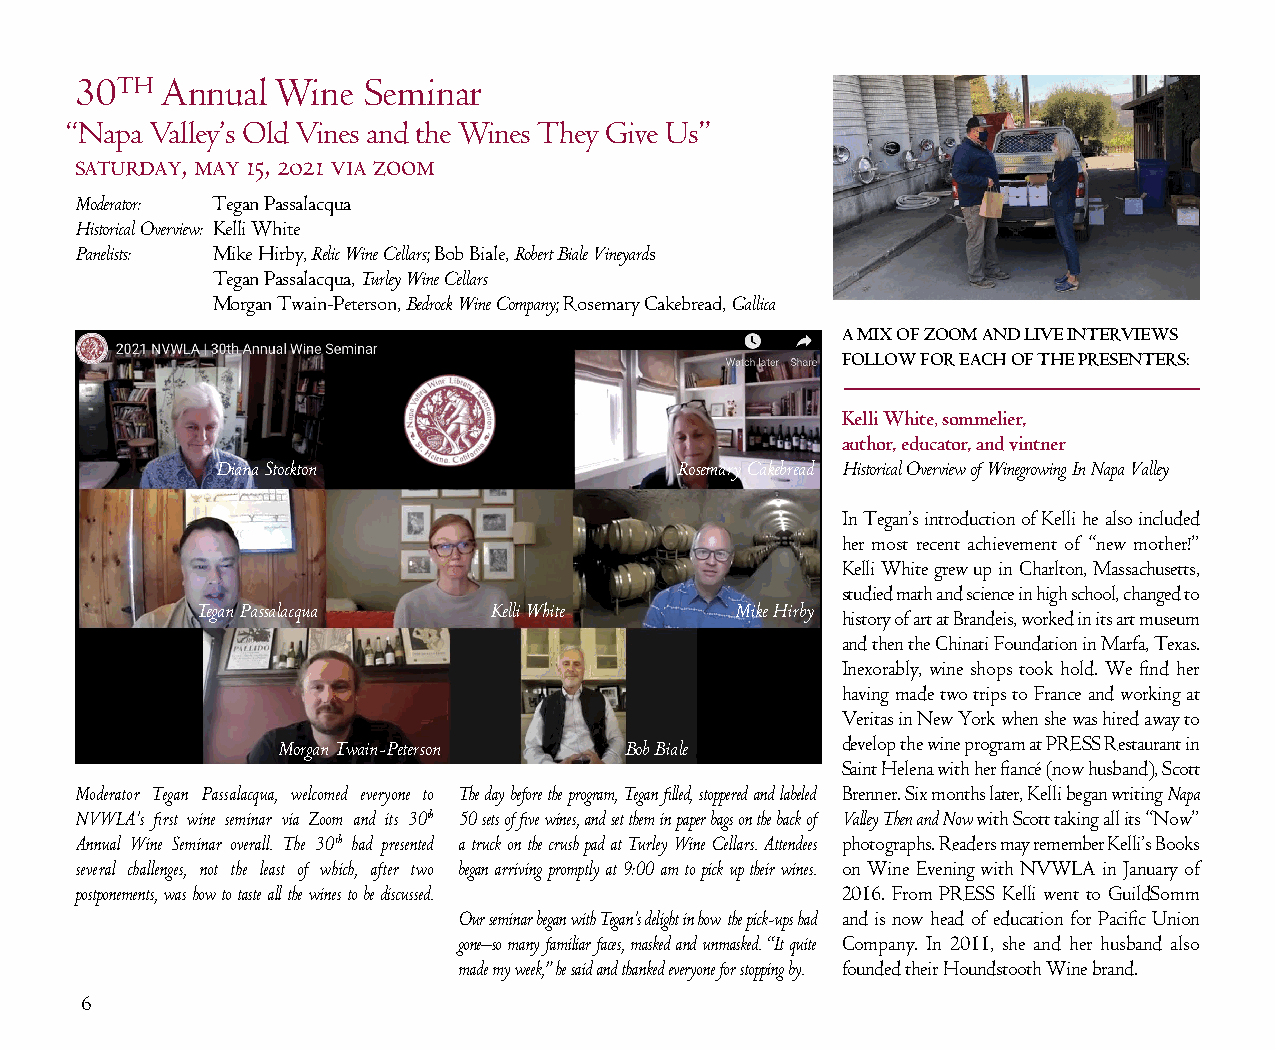
30TH  Annual Wine  Seminar
 “ Napa Valley’s Old Vines and the Wines They Give Us”
 saturday, may 15, 2021 via zoom
 Moderator: Tegan Passalacqua
 Historical Overview: Kelli White
 Panelists: Mike Hirby, Relic Wine Cellars; Bob Biale, Robert Biale Vineyards
 Tegan Passalacqua, Turley Wine Cellars
 Morgan Twain-Peterson, Bedrock Wine Company; Rosemary Cakebread, Gallica
 A MIX OF ZOOM AND LIVE INTERVIEWS
 FOLLOW FOR EACH OF THE PRESENTERS:
 Kelli White, sommelier,
 author, educator, and vintner
 Diana Stockton                 Rosemary Cakebread Historical Overview of Winegrowing In Napa Valley
 In Tegan’s introduction of Kelli he also included
 her most recent achievement of “new mother!”
 Kelli White grew up in Charlton, Massachusetts,
 studied math and science in high school, changed to
 Tegan Passalacqua  Kelli White      Mike Hirby
 history of art at Brandeis, worked in its art museum
 and then the Chinati Foundation in Marfa, Texas.
 Inexorably, wine shops took hold. We find her
 having made two trips to France and working at
 Veritas in New York when she was hired away to
 Morgan Twain-Peterson  Bob Biale      develop the wine program at PRESS Restaurant in
 Saint Helena with her fiancé (now husband), Scott
 Moderator Tegan Passalacqua, welcomed everyone to The day before the program, Tegan filled, stoppered and labeled Brenner. Six months later, Kelli began writing Napa
 NVWLA’s first wine seminar via Zoom and its 30th 50 sets of five wines, and set them in paper bags on the back of Valley Then and Now with Scott taking all its “Now”
 Annual Wine Seminar overall. The 30th had presented a truck on the crush pad at Turley Wine Cellars. Attendees photographs. Readers may remember Kelli’s Books
 several challenges, not the least of which, after two began arriving promptly at 9:00 am to pick up their wines. on Wine Evening with NVWLA in January of
 postponements, was how to taste all the wines to be discussed. 2016. From PRESS Kelli went to GuildSomm
 Our seminar began with Tegan’s delight in how the pick-ups had and is now head of education for Pacific Union
 gone–so many familiar faces, masked and unmasked. “It quite Company. In 2011, she and her husband also
 made my week,” he said and thanked everyone for stopping by. founded their Houndstooth Wine brand.
 6